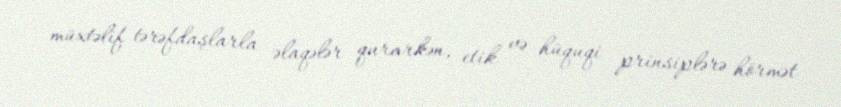
müxtəlif tərəfdaşlarla əlaqələr qurarkən, etik və hüquqi prinsiplərə hörmət